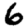
Digit: 6